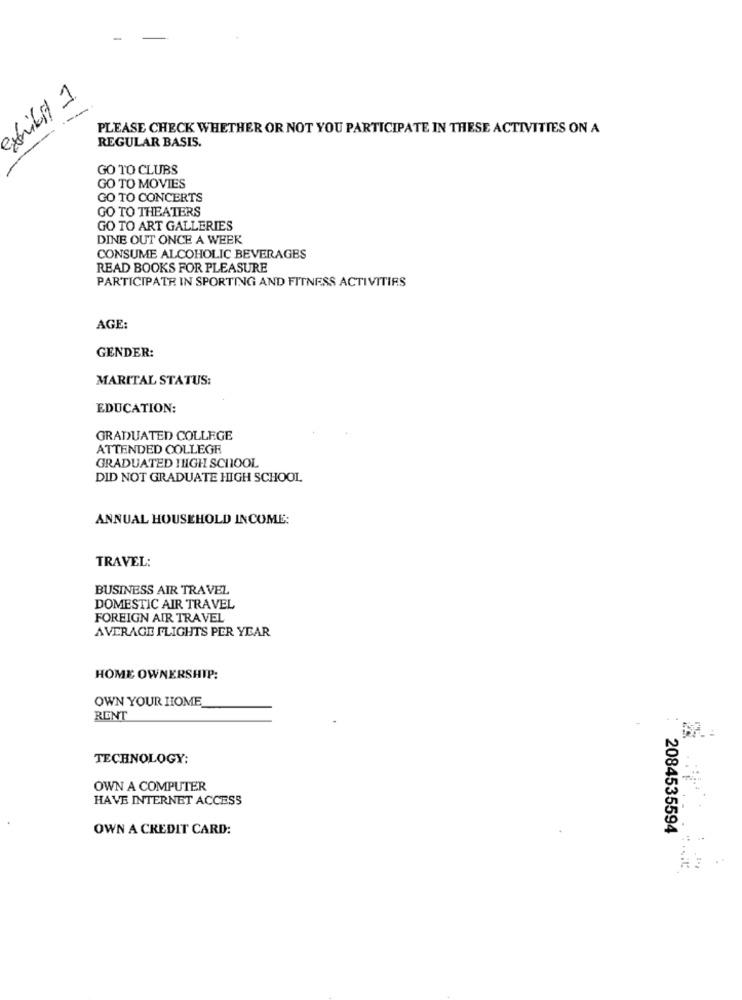
exhibit 1
PLEASE CHECK WHETHER OR NOT YOU PARTICIPATE IN THESE ACTIVITIES ON A
REGULAR BASIS.
GO TO CLUBS
GO TO MOVIES
GO TO CONCERTS
GO TO THEATERS
GO TO ART GALLERIES
DINE OUT ONCE A WEEK
CONSUME ALCOHOLIC BEVERAGES
READ BOOKS FOR PLEASURE
PARTICIPATE IN SPORTING AND FITNESS ACTIVITIES
AGE:
GENDER:
MARITAL STATUS:
EDUCATION:
GRADUATED COLLEGE
ATTENDED COLLEGE
GRADUATED IHIGH SCHOOL
DID NOT GRADUATE HIGH SCHOOL
ANNUAL HOUSEHOLD INCOME:
TRAVEL:
BUSINESS AIR TRAVEL
DOMESTIC AIR TRAVEL
FOREIGN AIR TRAVEL
AVERAGE FLIGHTS PER YEAR
HOME OWNERSHIP:
OWN YOUR HOME
RENT
TECHNOLOGY:
OWN A COMPUTER
HAVE INTERNET ACCESS
OWN A CREDIT CARD:
2084535594